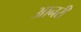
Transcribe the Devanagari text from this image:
आनरी